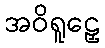
အဝိရူဠှေ